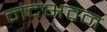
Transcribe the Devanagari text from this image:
नंदभवन